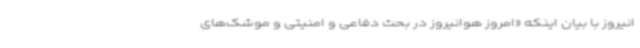
انیروز با بیان اینکه «امروز هوانیروز در بحث دفاعی و امنیتی و موشک‌های